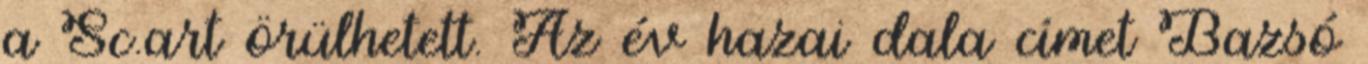
a Sc.art örülhetett. Az év hazai dala címet Bazsó